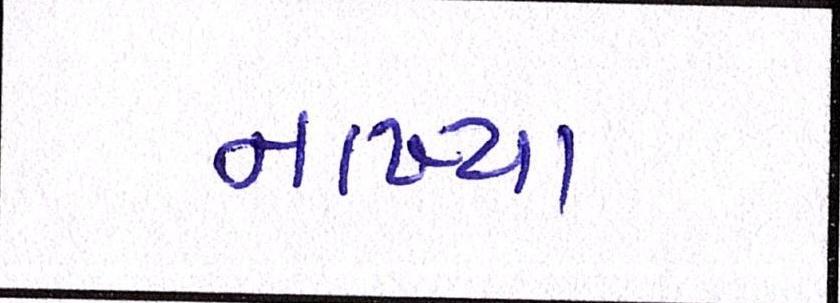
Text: નાખ્યા